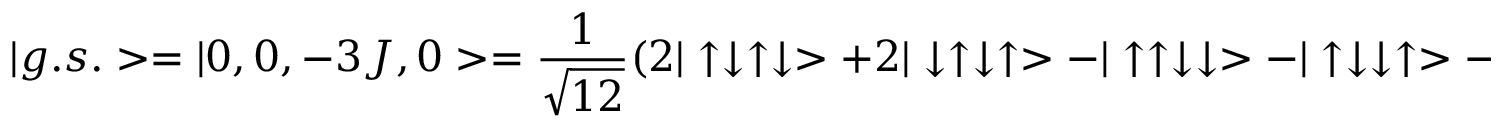
| g . s . > = | 0 , 0 , - 3 J , 0 > = \frac { 1 } { \sqrt { 1 2 } } ( 2 | \uparrow \downarrow \uparrow \downarrow > + 2 | \downarrow \uparrow \downarrow \uparrow > - | \uparrow \uparrow \downarrow \downarrow > - | \uparrow \downarrow \downarrow \uparrow > - | \downarrow \downarrow \uparrow \uparrow > - | \downarrow \uparrow \uparrow \downarrow > ) \quad .